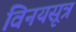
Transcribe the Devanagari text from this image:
विनयसूत्र